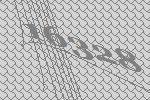
16328